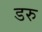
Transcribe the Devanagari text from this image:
डरु